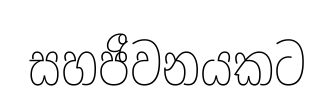
සහජීවනයකට